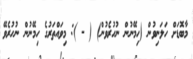
މާބޮޑަށް ހަލަނިވުން (ހިމޭނުން ނުހުރެވުން) ( - ): މިވައްތަރުގެ ހިމޭނުން ނުހުރެވޭ